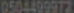
0504409972